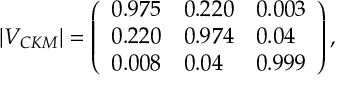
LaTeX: | V _ { C K M } | = \left( \begin{array} { l l l } { { 0 . 9 7 5 } } & { { 0 . 2 2 0 } } & { { 0 . 0 0 3 } } \\ { { 0 . 2 2 0 } } & { { 0 . 9 7 4 } } & { { 0 . 0 4 } } \\ { { 0 . 0 0 8 } } & { { 0 . 0 4 } } & { { 0 . 9 9 9 } } \end{array} \right) ,